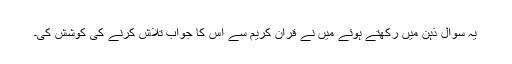
یہ سوال ذہن میں رکھتے ہوئے میں نے قرآن کریم سے اس کا جواب تلاش کرنے کی کوشش کی۔